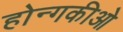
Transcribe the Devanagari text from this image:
होन्गकीओ